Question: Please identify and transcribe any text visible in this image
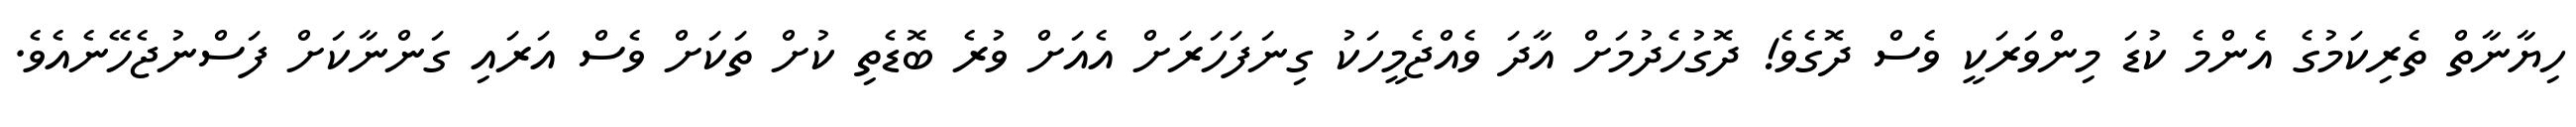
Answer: ހިޔާނާތް ތެރިކަމުގެ އެންމެ ކުޑަ މިންވަރަކީ ވެސް ދޮގެވެ! ދޮގުހެދުމަށް އާދަ ވެއްޖެމީހަކު ގިނަފަހަރަށް އެއަށް ވުރެ ބޮޑެތި ކުށް ތަކަށް ވެސް އަރައި ގަންނާކަށް ފަސްނުޖެހޭނެއެވެ.